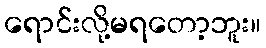
ရောင်းလို့မရတော့ဘူး။